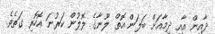
ދާއިން އާއި ދިމާއަށް ބަލަން އޮތް ލޫނާގެ ލޮލުން ކަރުނަ އޮހޮރި ގަތެވެ.